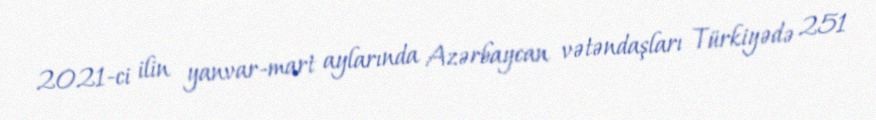
2021-ci ilin yanvar-mart aylarında Azərbaycan vətəndaşları Türkiyədə 251